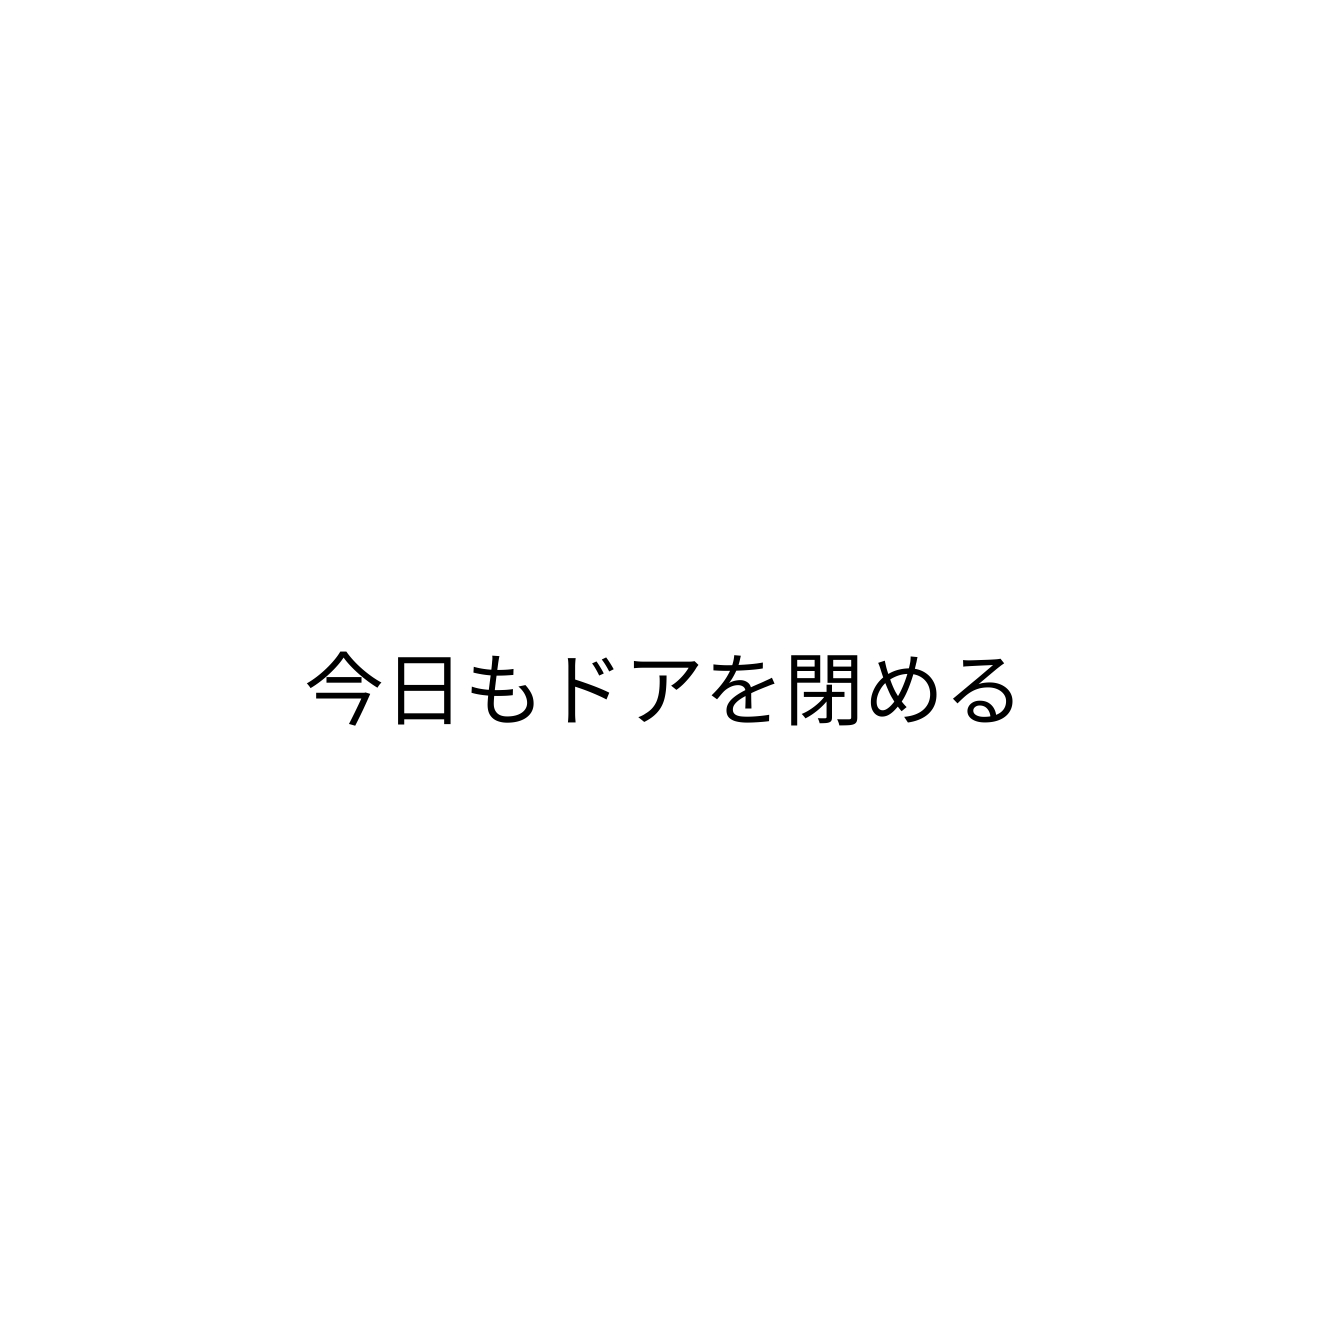
今日もドアを閉める